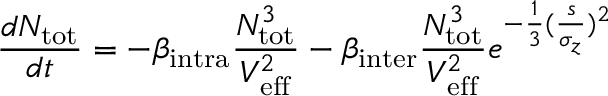
\frac { d N _ { \mathrm { { t o t } } } } { d t } = - \beta _ { \mathrm { i n t r a } } \frac { N _ { \mathrm { { t o t } } } ^ { 3 } } { V _ { \mathrm { e f f } } ^ { 2 } } - \beta _ { \mathrm { { i n t e r } } } \frac { N _ { \mathrm { t o t } } ^ { 3 } } { V _ { \mathrm { { e f f } } } ^ { 2 } } e ^ { - \frac { 1 } { 3 } ( \frac { s } { \sigma _ { z } } ) ^ { 2 } }